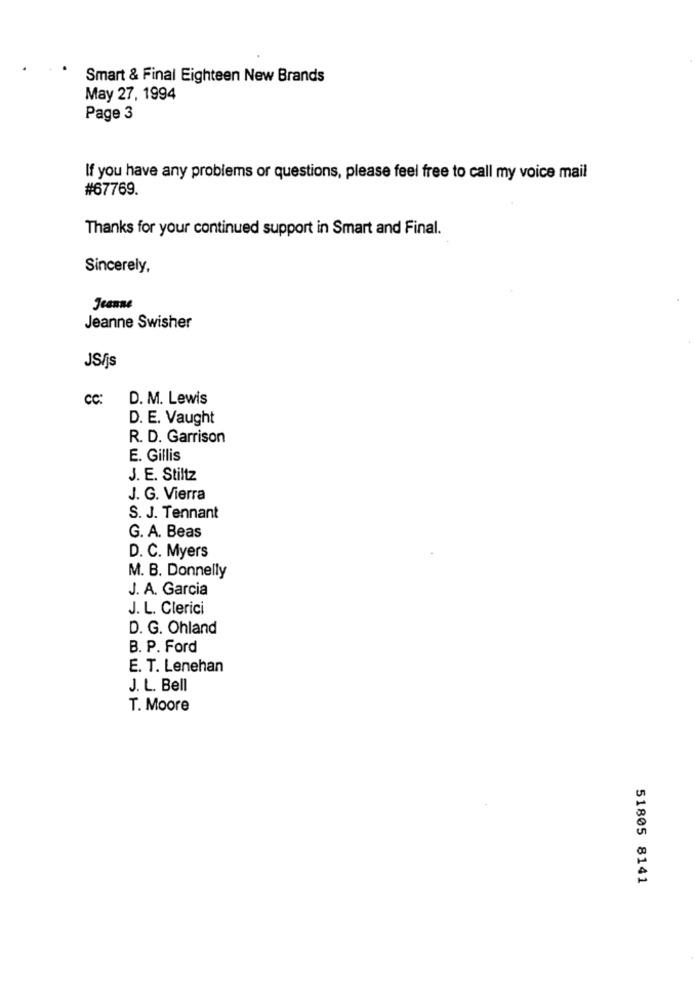
Smart & Final Eighteen New Brands
May 27, 1994
Page 3
If you have any problems or questions, please feel free to call my voice mail
#67769.
Thanks for your continued support in Smart and Final.
Sincerely,
Jeanne
Jeanne Swisher
JS/js
CC:
D. M. Lewis
D. E. Vaught
R. D. Garrison
E. Gillis
J. E. Stiltz
J. G. Vierra
S. J. Tennant
G. A. Beas
D. C. Myers
M. B. Donnelly
J. A. Garcia
J. L. Clerici
D. G. Ohland
B. P. Ford
E. T. Lenehan
J. L. Bell
T. Moore
51805 8141